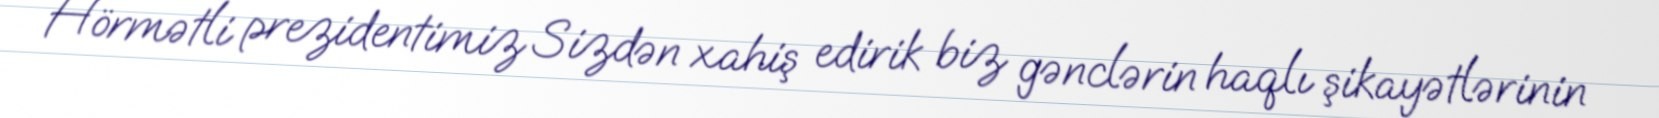
Hörmətli prezidentimiz Sizdən xahiş edirik biz gənclərin haqlı şikayətlərinin